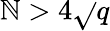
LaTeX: \mathbb{N}>4{\sqrt{}{{q}}}